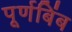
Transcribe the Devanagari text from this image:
पूर्णबिंब